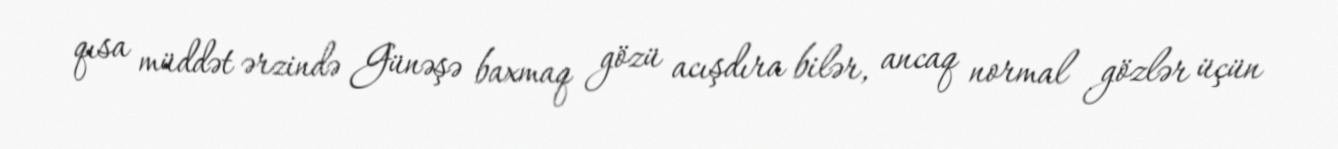
qısa müddət ərzində Günəşə baxmaq gözü acışdıra bilər, ancaq normal gözlər üçün